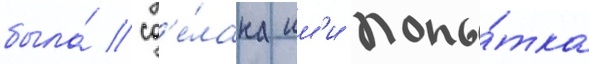
была́ сд'е́лана им'и попы́тка